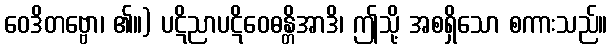
ဝေဒိတဗ္ဗော၊ ၏။) ပဋိညာပဋိဝေဓန္တိအာဒိ၊ ဤသို့ အစရှိသော စကားသည်။